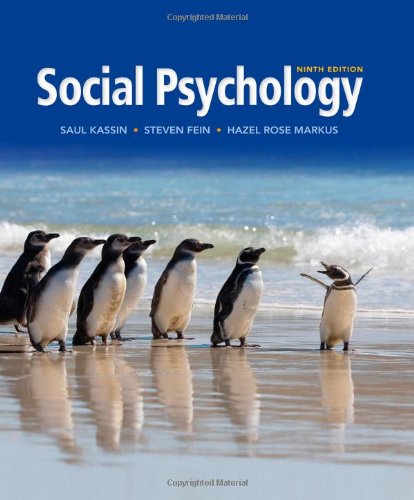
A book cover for Social Psychology; Saul Kassin; Medical Books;